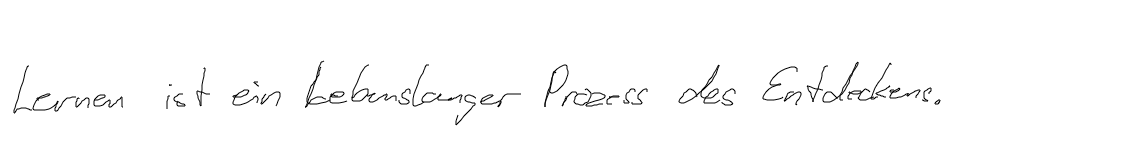
Lernen ist ein lebenslanger Prozess des Entdeckens.